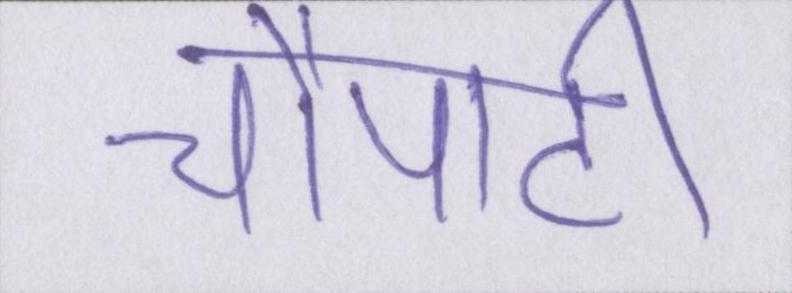
चौपाटी